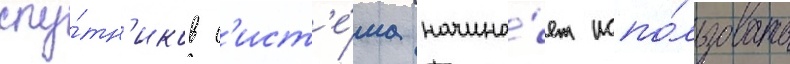
спу́тн'иков с'ист'е́ма начина́ет испо́льзовать